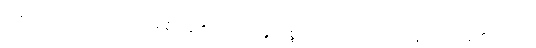
ကုန်ပြီးသော အာသဝေါလည်း ရှိကုန်၏။ အရဟန္တော၊ ပစ္စည်းလေးပါးကို ခံတော်မူထိုက်ကုန်၏။ တေသံ၊